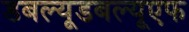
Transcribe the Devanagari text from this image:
डबल्यूडबल्यूएफ